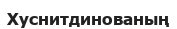
Хуснитдинованың